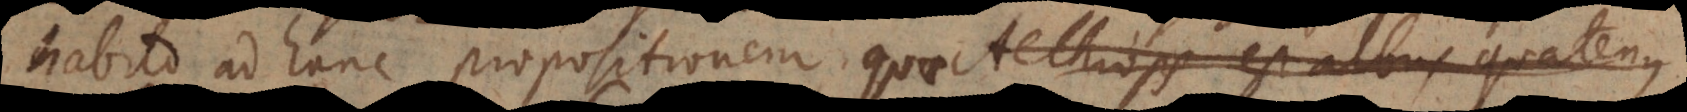
habito ad hanc propositionem Aethiops est albus quatenus